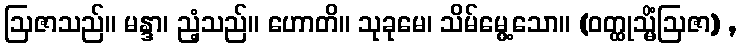
ဩဇာသည်။ မန္ဒာ၊ ညံ့သည်။ ဟောတိ။ သုခုမေ၊ သိမ်မွေ့သော။ (ဝတ္ထုသ္မိံဩဇာ) ,